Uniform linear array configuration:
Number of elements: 64
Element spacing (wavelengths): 0.25
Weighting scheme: binomial
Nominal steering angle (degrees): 60
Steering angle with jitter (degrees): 59.419
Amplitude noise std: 0.05
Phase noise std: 0.05

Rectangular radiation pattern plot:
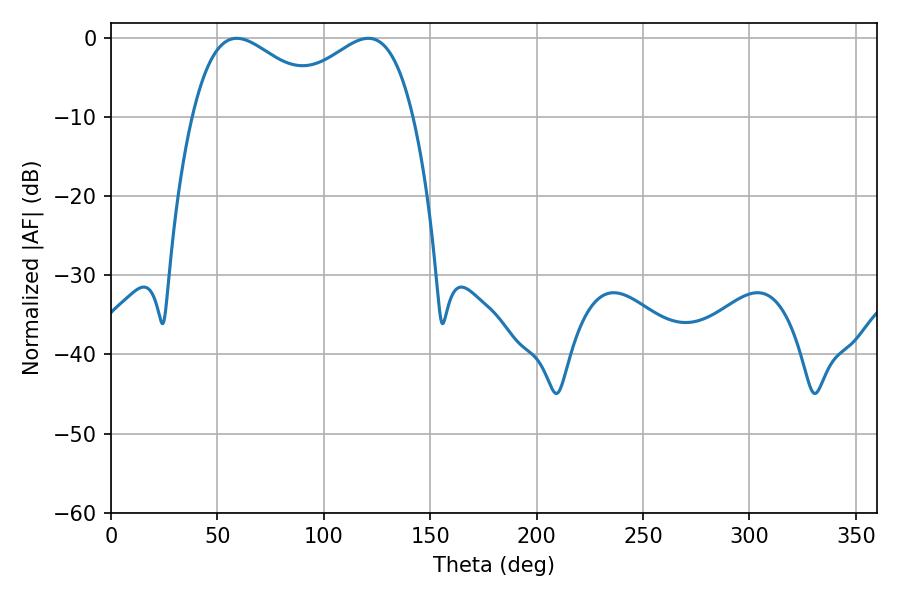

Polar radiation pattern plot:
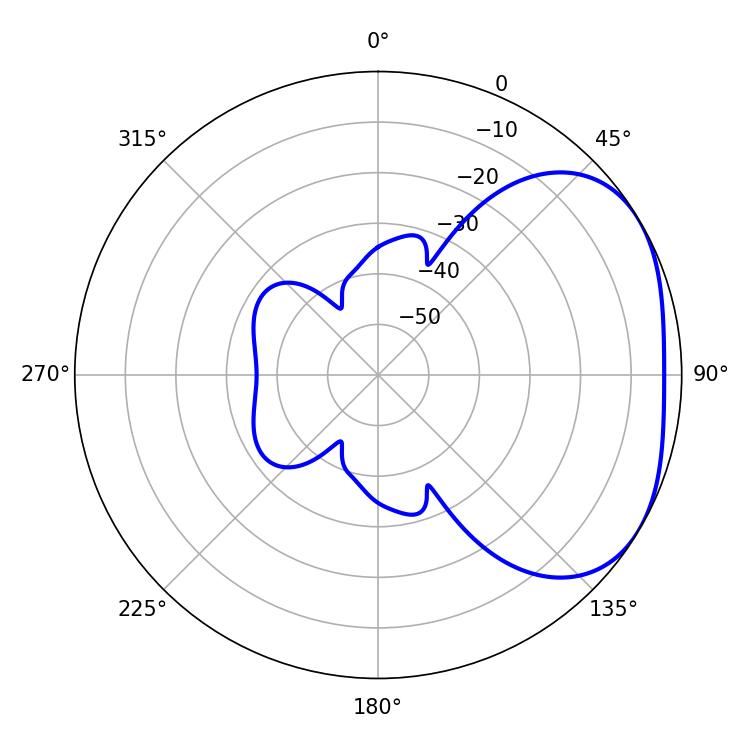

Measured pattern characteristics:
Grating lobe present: FALSE
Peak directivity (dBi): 2.829
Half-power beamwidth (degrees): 35.28
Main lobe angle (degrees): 59.04